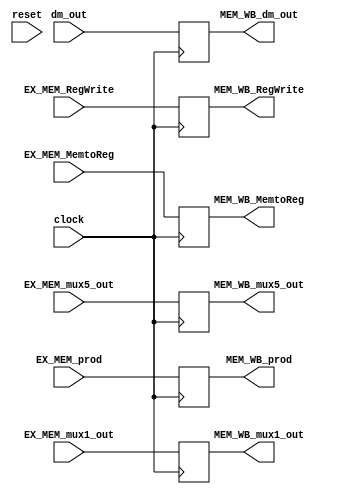
module MEM_WB (
    input               clock,
    input               reset,
    input               EX_MEM_MemtoReg,
    input               EX_MEM_RegWrite,
    input       [31: 0] dm_out,
    input       [31: 0] EX_MEM_mux5_out,
    input       [ 5: 0] EX_MEM_mux1_out,
    input       [63: 0] EX_MEM_prod,

    output reg          MEM_WB_MemtoReg,
    output reg          MEM_WB_RegWrite,
    output reg  [31: 0] MEM_WB_dm_out,
    output reg  [31: 0] MEM_WB_mux5_out,
    output reg  [ 5: 0] MEM_WB_mux1_out,
    output reg  [63: 0] MEM_WB_prod
);

    always @(posedge clock) begin
        MEM_WB_MemtoReg <=   EX_MEM_MemtoReg;
        MEM_WB_RegWrite <=   EX_MEM_RegWrite;
        MEM_WB_dm_out   <=   dm_out;
        MEM_WB_mux5_out <=   EX_MEM_mux5_out;
        MEM_WB_mux1_out <=   EX_MEM_mux1_out;
        MEM_WB_prod     <=   EX_MEM_prod;
    end

endmodule //MEM_WB